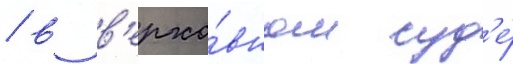
/ в в'ерхо́вном суд'е́